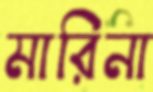
মারিনা